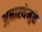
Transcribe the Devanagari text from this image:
अनास्थेमुळे